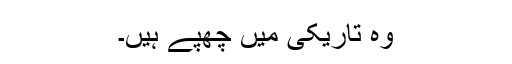
وہ تاریکی میں چھپے ہیں۔